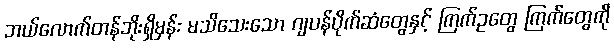
ဘယ်လောက်တန်ဘိုးရှိမှန်း မသိသေးသော ဂျပန်ပိုက်ဆံတွေနှင့် ကြက်ဥတွေ ကြက်တွေကို